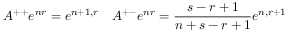
A ^ { + + } e ^ { n r } = e ^ { n + 1 , r } \quad A ^ { + - } e ^ { n r } = \frac { s - r + 1 } { n + s - r + 1 } e ^ { n , r + 1 }